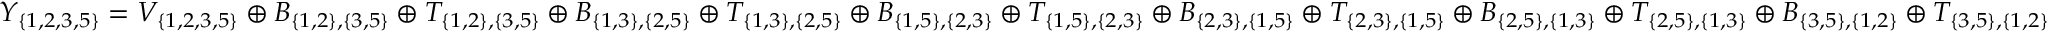
Y _ { \{ 1 , 2 , 3 , 5 \} } = V _ { \{ 1 , 2 , 3 , 5 \} } \oplus B _ { \{ 1 , 2 \} , \{ 3 , 5 \} } \oplus T _ { \{ 1 , 2 \} , \{ 3 , 5 \} } \oplus B _ { \{ 1 , 3 \} , \{ 2 , 5 \} } \oplus T _ { \{ 1 , 3 \} , \{ 2 , 5 \} } \oplus B _ { \{ 1 , 5 \} , \{ 2 , 3 \} } \oplus T _ { \{ 1 , 5 \} , \{ 2 , 3 \} } \oplus B _ { \{ 2 , 3 \} , \{ 1 , 5 \} } \oplus T _ { \{ 2 , 3 \} , \{ 1 , 5 \} } \oplus B _ { \{ 2 , 5 \} , \{ 1 , 3 \} } \oplus T _ { \{ 2 , 5 \} , \{ 1 , 3 \} } \oplus B _ { \{ 3 , 5 \} , \{ 1 , 2 \} } \oplus T _ { \{ 3 , 5 \} , \{ 1 , 2 \} }